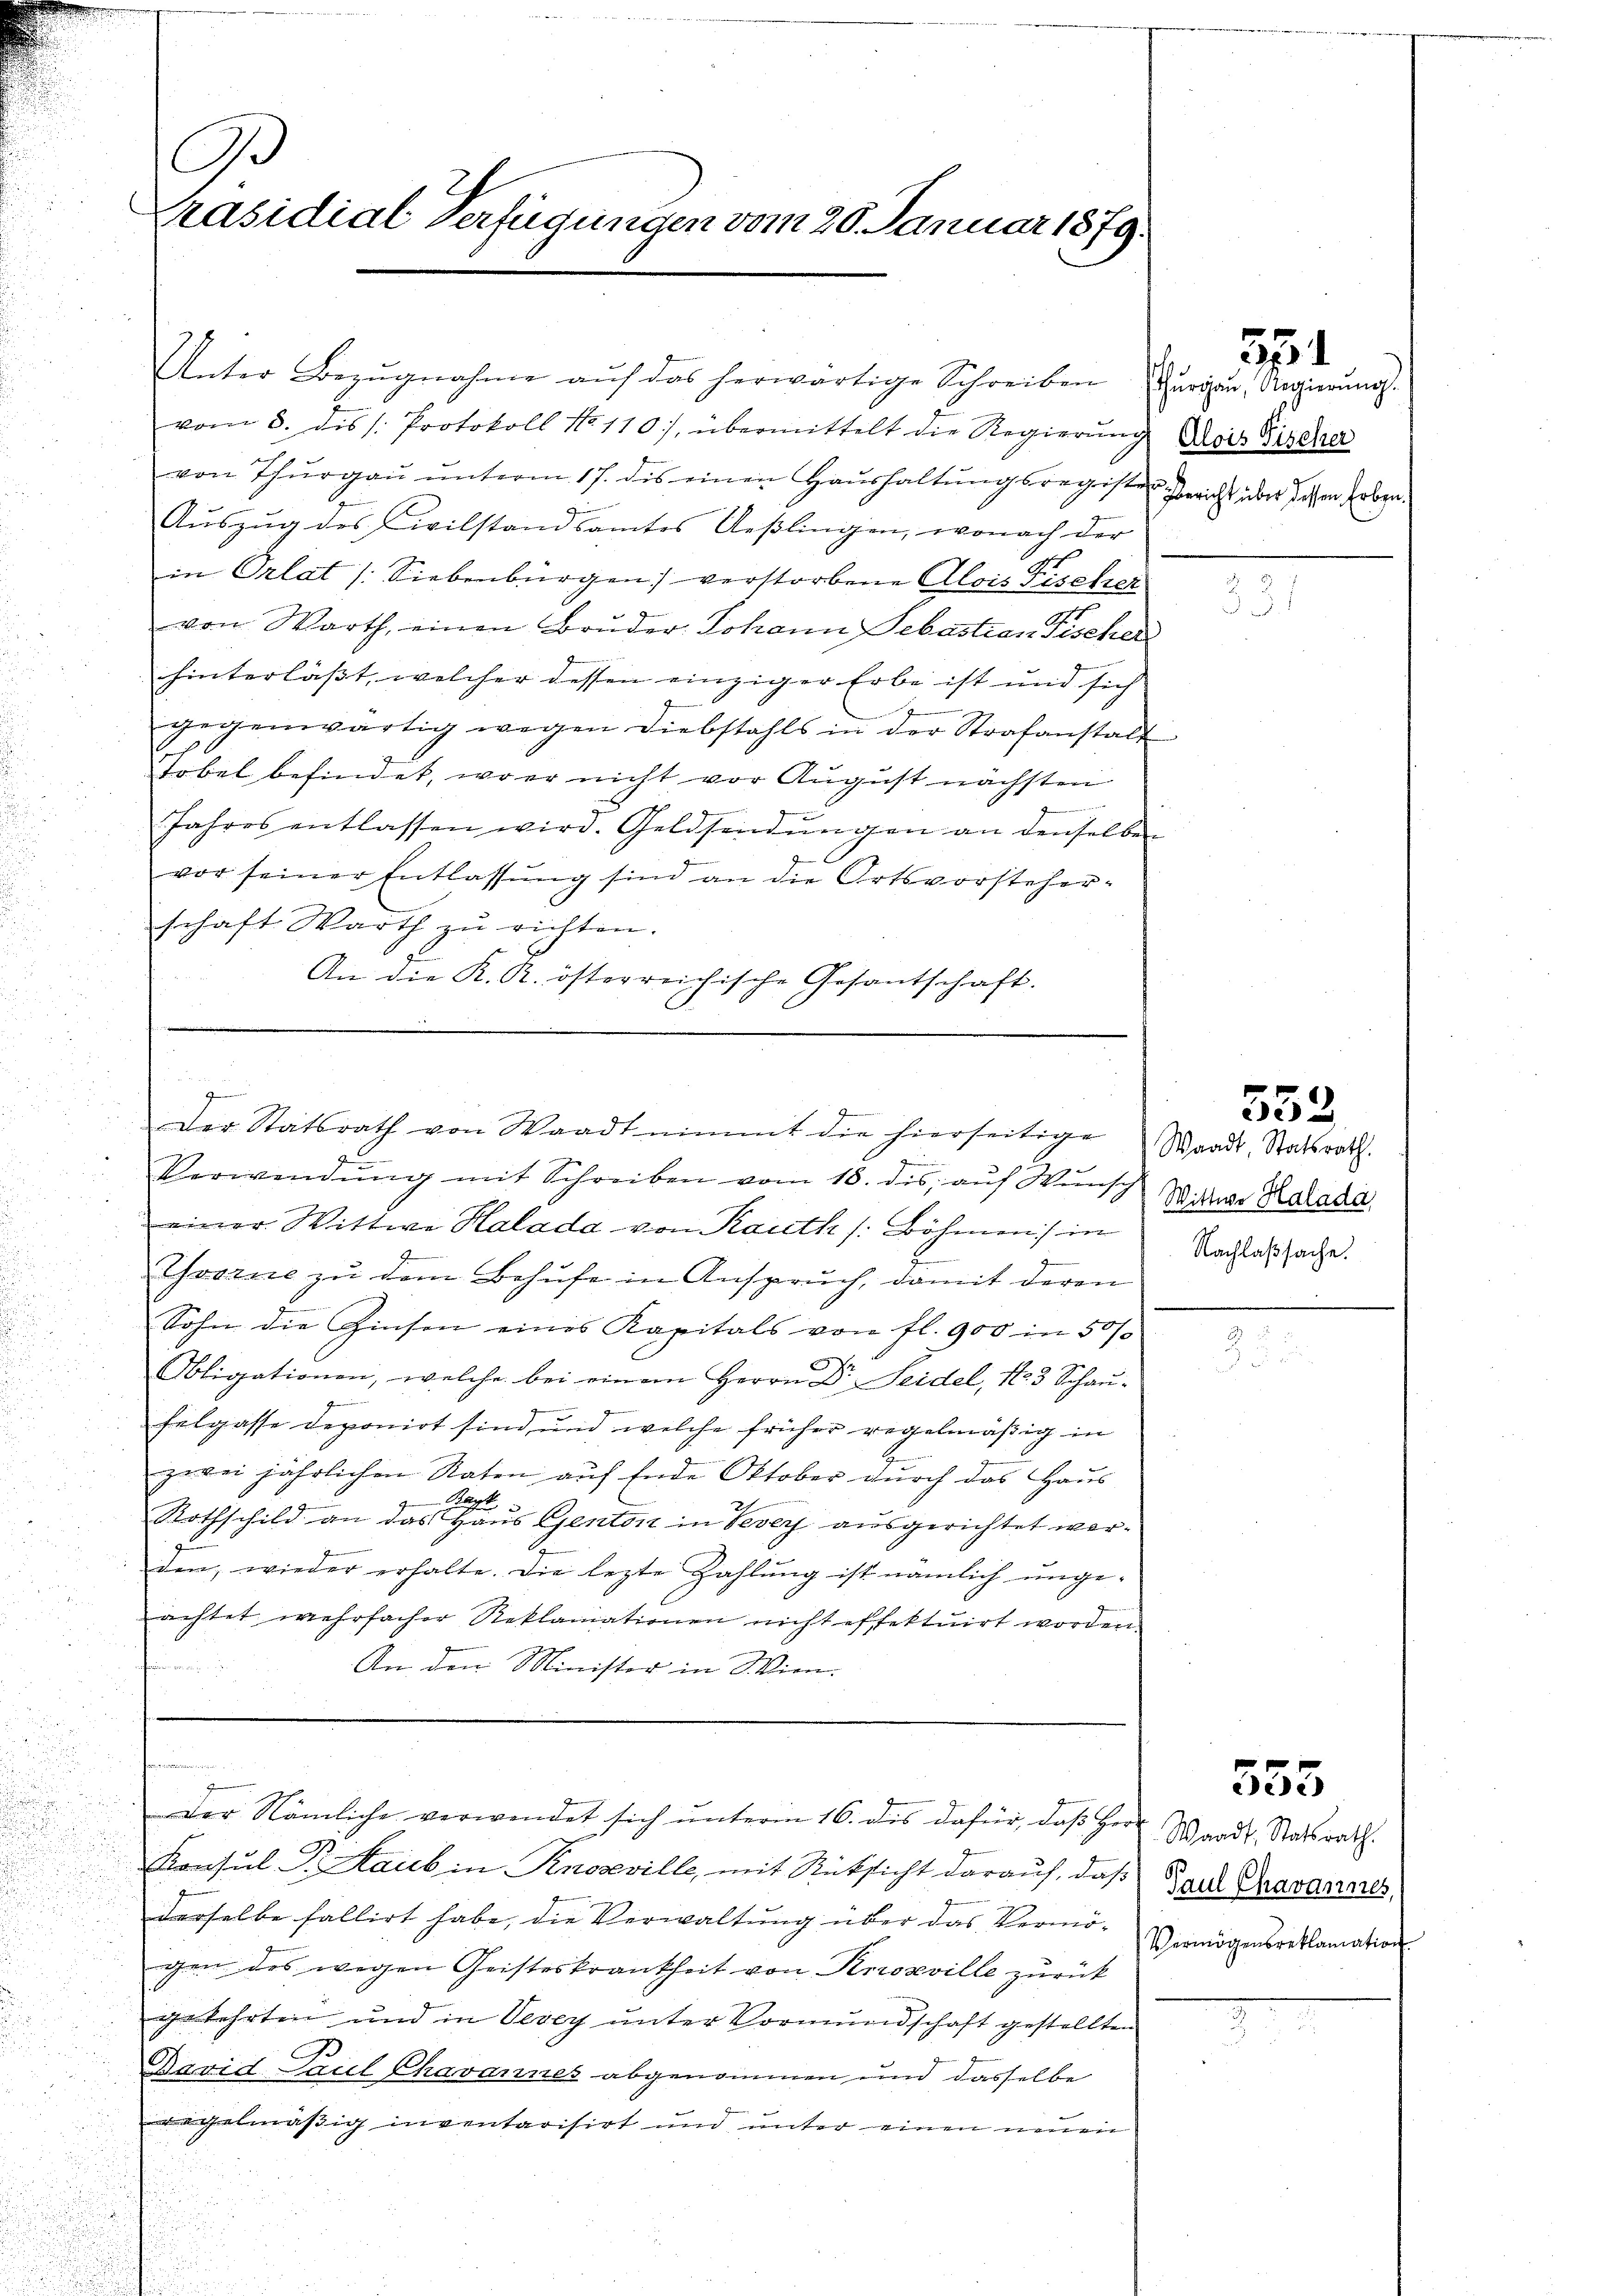
3
Präsidial-Verfügungen vom 20. Januar 1879.

vom 5. des Protokoll No 110, übermittelt die Regierung Alois Kircher
von Thŭrgaŭ ŭnterm 17. des einen Haushaltungsregisten Gericht über sehen haben.
Auszug des Civilstandsamtes Ueßlingen, wonach der
in Orlat /: Siebenbürgen) verstorbene Alois Fischen
von Warth, einen Bruder, Johann Sebastian Fischer
hinterlässt, welcher dessen einziger Erbe ist und sich
d
gegenwärtig wegen Diebstahls in der Strafanstalt
Tobel befindet, wo er nicht vor August nächsten
Jahres entlassen wird. Geldsendŭngen an denselben
vor seiner Entlassung sind an die Ortsvorsteherschaft Warth zu richten.
An die K. R. österreichische Gesantschaft.
.

zu

Unter Bezŭgnahme aŭf das herwärtige Schreiben Curien, Regierŭngs-

Verwendŭng mit Schreiben vom 18. des auf Wunsch
einer Wittwe Halada von Rauth /: Böhmen) in
Thvorne zu dem Behufe in Anspruch, damit deren
Sohn die Zinsen eines Kapitals von fl. 900 in 50/
.
Obligationen, welche bei einem Herrn Dr. Seidel, N. 3 Schaŭ-
felgasse deponirt sind und welche früher regelmäßig in
zwei jährlichen Raten auf Ende Oktober durch das Haus
Rothschild an das aus Gentort in Vevey ausgerichtet worden, wieder erhalte. Die lezte Zahlŭng ist nämlich unge-
achtet wehrfacher Reklamationen nicht effektuirt worden.
An den Minister in Wien.

der Statsrath von Waadt nimmt die hierseitige Waadt, Statsrath.

Konsul S. Raub in Knoveville, mit Rücksicht darauf, daß Paul Gravannes,
derselbe fallirt habe, die Verwaltung über das Vermögen des wegen Geisteskrankheit von Knozeville zurück
gekehrten und in Vevey unter Vormundschaft gestellten
u
Bavid Paul Chavannes abgenommen und dasselbe
gelmäßig inventarisirt und unter einen neuen

fnamen in
z
der Nämliche verwendet sich ŭnterm 16. dis dafür, daβ Herr Waadt, Statsrath.

354

Wittwe Halada,
Nachlaßsache.

552

555

Vermögensreklamation